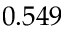
0 . 5 4 9